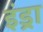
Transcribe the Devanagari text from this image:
इंड्रा